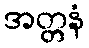
အတ္တနံ